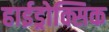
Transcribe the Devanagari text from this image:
हाईड्रोक्सिक